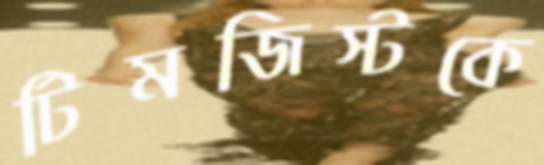
টিমজিস্টকে